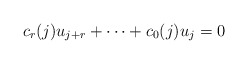
\begin{align*} c_r(j) u_{j+r} + \dots + c_0(j) u_{j} = 0\end{align*}